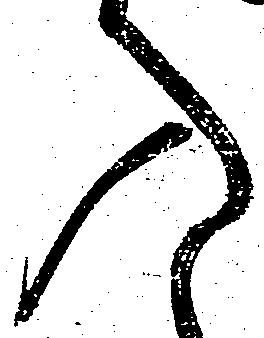
入